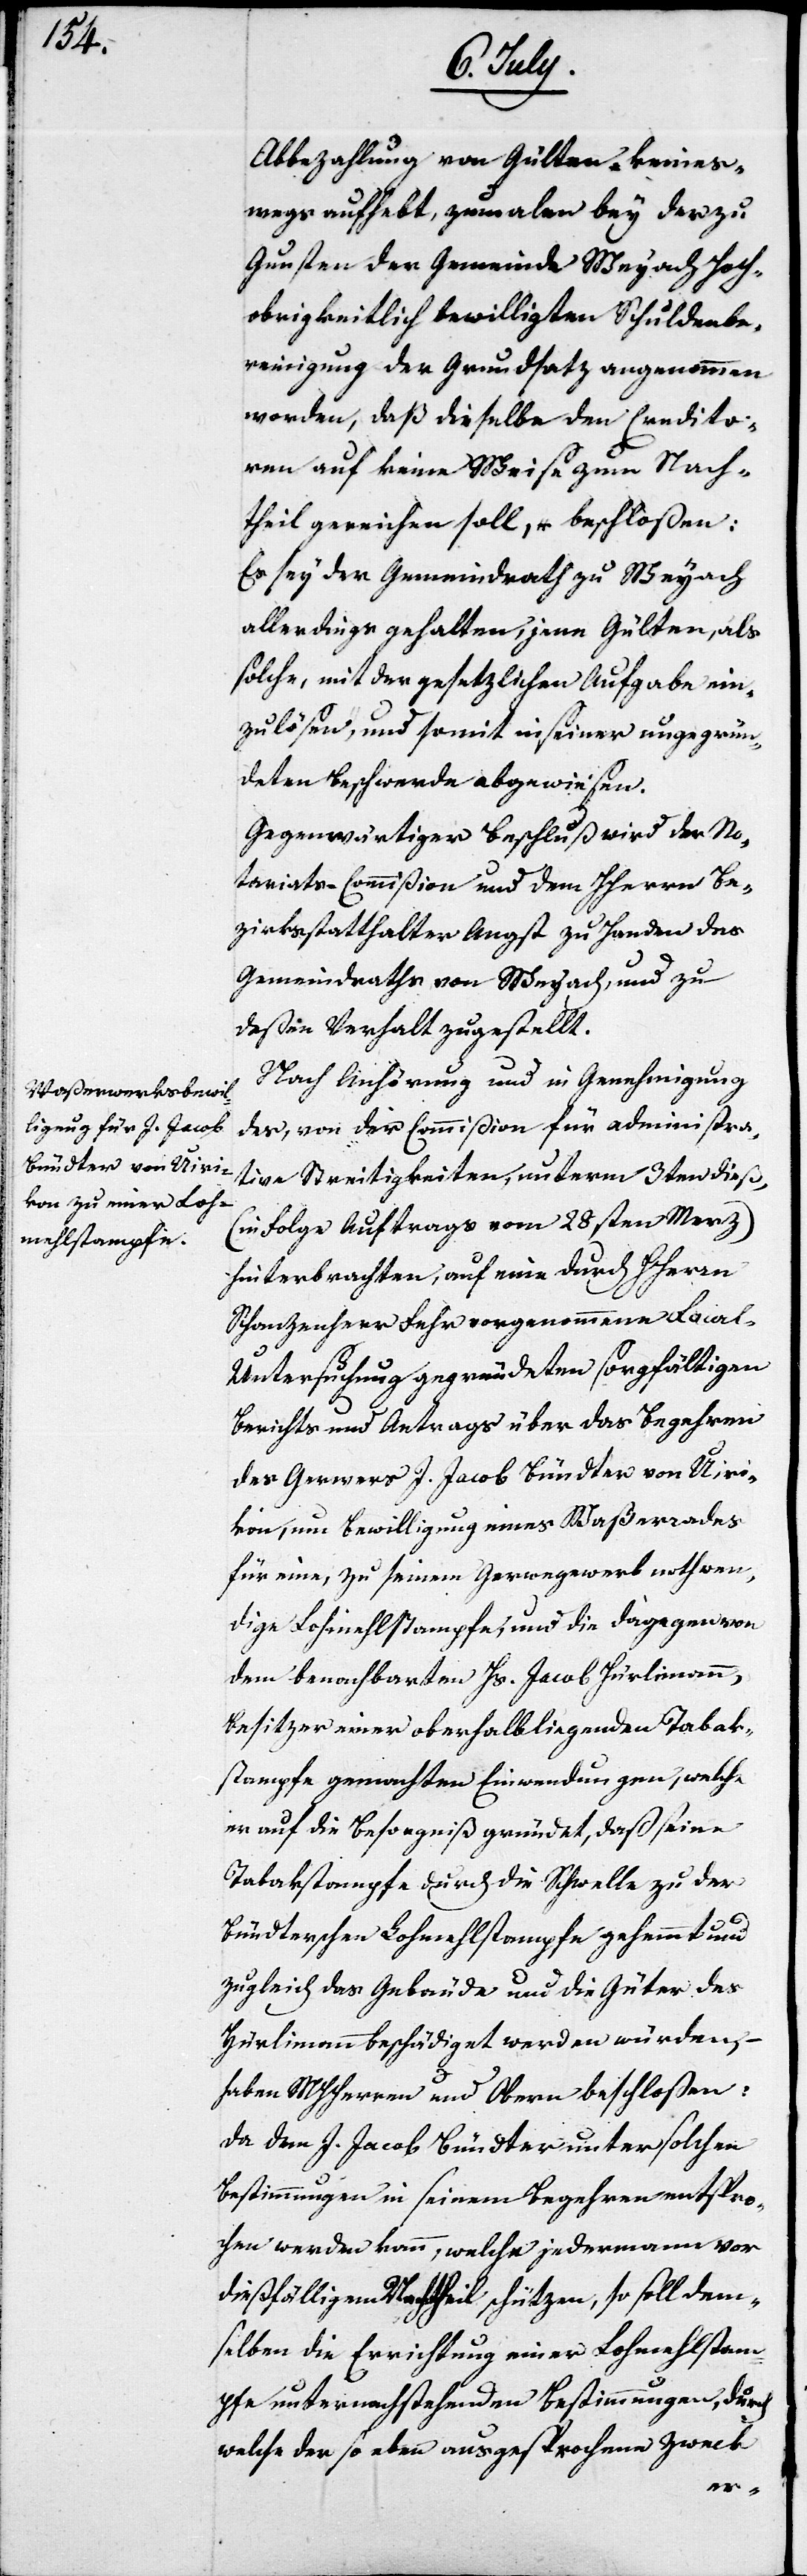
Abbezahlung von Gülten keines¬
wegs aufhebt, zumalen bey der zu
Gunsten der Gemeinde Weyach Hoch¬
obrigeitlich bewilligten Schuldenbe¬
reinigung der Grundsatz angenommen
worden, daß dieselben den Credito¬
ren auf keine Weise zum Nach¬
theil gereichen soll, beschloßen:
Es sey der Gemeindrath zu Weyach
allerdings gehalten, jene Gülten, als
solche, mit der gesetzlichen Aufgabe ein¬
zulösen, und somit in seiner ungegrün¬
deten Beschwerde abgewiesen.
Gegenwärtiger Beschluß wird der No¬
tariats-Commißion und dem HHerrn Be¬
zirksstatthalter Angst zu Handen des
Gemeindraths von Weyach, und zu
deßen Verhalt zugestellt.
Nach Anhörung und in Genehmigung
des, von der Commißion für administra¬
tive Streitigkeiten, unterm 3ten dieß,
(in Folge Auftrags vom 28sten Merz)
hinterbrachten, auf eine durch HHerrn
Schanzenherr Fehr vorgenommene Loca¬
l-Untersuchung gegründeten sorgfältigen
Berichts und Antrags über das Begehren
des Gerwers J. Jacob Bündter von Uiri¬
kon, um Bewilligung eines Waßerrades
für eine, zu seinem Gerwergewerb nothwen¬
dige Lohmehlstampfe, und die dagegen von
dem benachbarten Hs. Jacob Hürlimann,
Besitzer einer oberhalbliegenden Tabak¬
stampfe gemachten Einwendungen, welche
er auf die Besorgnis gründet, daß seine
Tabakstampfe durch die Schwelle zu der
Bündterschen Lohmehlstampfe gehemmt und
zugleich das Gebäude und die Güter des
Hürlimann beschädigt werden würden, –
haben MHHerren und Obern beschloßen:
Da dem J. Jacob Bündter unter solchen
Bestimmungen in seinem Begehren entspro¬
chen werden kann, welche jedermann vor
dießfälligem Nachtheil schützen, so soll dem¬
selben die Errichtung einer Lohmehlstam¬
pfe unter nachstehenden Bestimmungen, durch
welche der so eben ausgesprochene Zweck